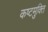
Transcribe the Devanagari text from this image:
कष्टमुक्ति